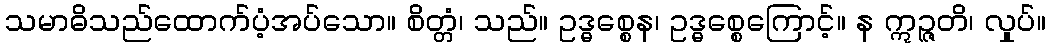
သမာဓိသည်ထောက်ပံ့အပ်သော။ စိတ္တံ၊ သည်။ ဥဒ္ဓစ္စေန၊ ဥဒ္ဓစ္စေကြောင့်။ န ဣဉ္ဇတိ၊ လှုပ်။